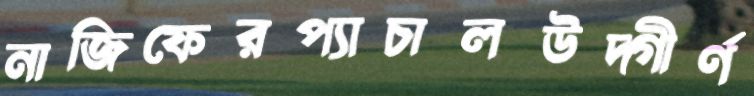
নাজিফেরপ্যাচালউদ্‌গীর্ণ